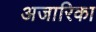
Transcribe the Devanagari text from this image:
अजारिका